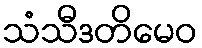
သံသီဒတိမေဝ